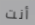
أنت